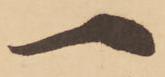
一